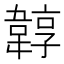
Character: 韕